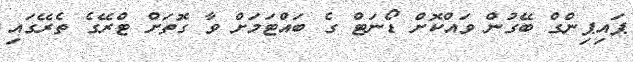
ޕައިޕިންގް ބޭގުން ވައްކޮށް ޑޯނަޓް ގެ ބައްޓަމަށް ވާ ގޮތަށް ޓްރޭގެ ތެރޭގައި